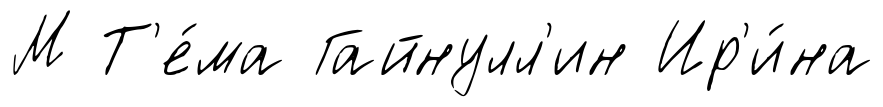
М Т'е́ма Гайнулл'ин Ир'и́на